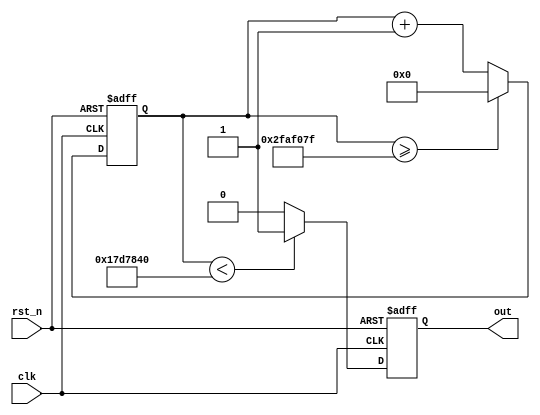
module clk_div #(parameter DIVISOR = 50_000_000) (clk, rst_n, out);

input clk, rst_n;
output reg out;
reg [27:0] timer = 28'd0;

always @(posedge clk, negedge rst_n) begin
    if (!rst_n) begin
        timer <= 28'd0;
        out <= 1'b0;
    end else begin
        timer <= timer + 28'd1;
        if (timer >= (DIVISOR - 1))
            timer <= 28'd0;
        out <= (timer<DIVISOR/2)?1'b1:1'b0;
    end
end

endmodule